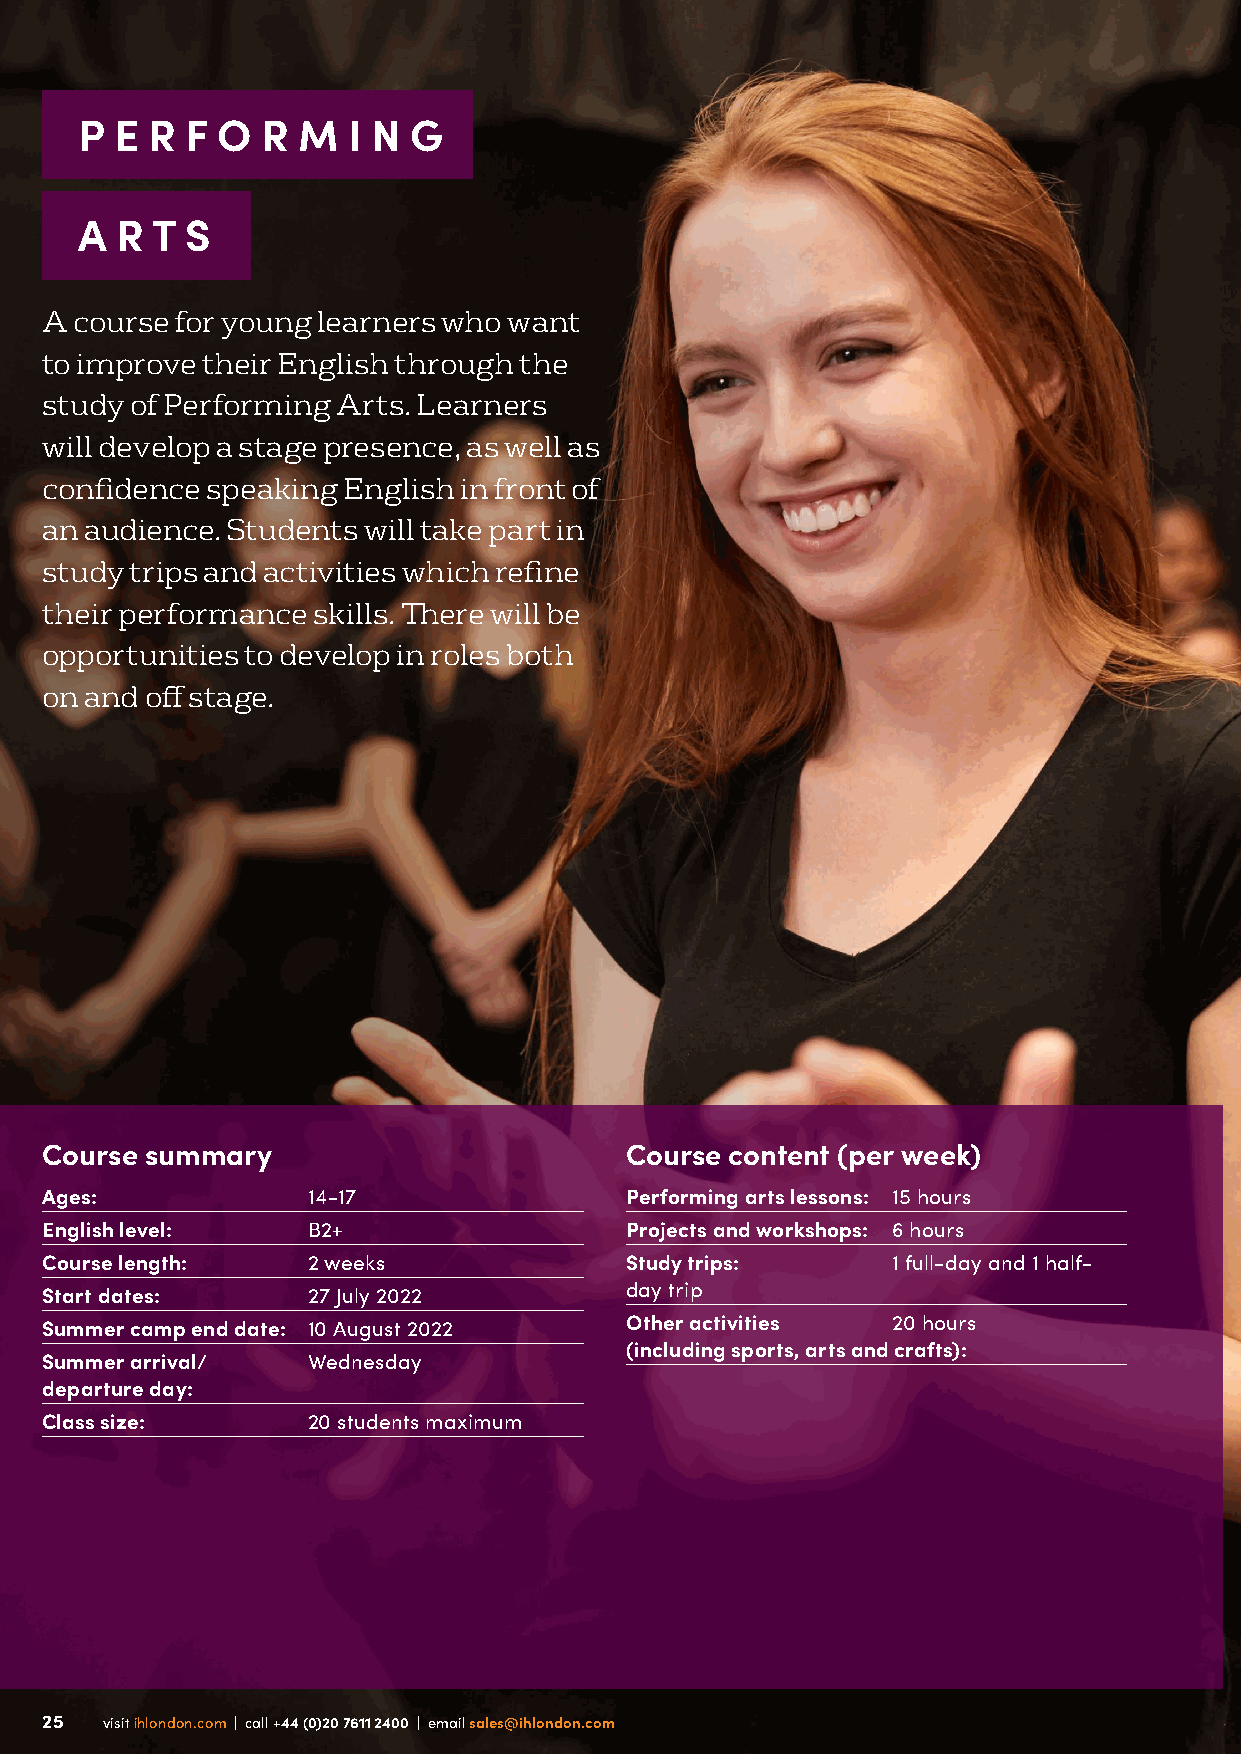
P  E R F O  R  M  I N G
 A  R T S
 A course for young learners who want
 to improve their English through the
 study of Performing Arts. Learners
 will develop a stage presence, as well as
 confidence speaking English in front of
 an audience. Students will take part in
 study trips and activities which refine
 their performance skills. There will be
 opportunities to develop in roles both
 on and off stage.
 Course summary                        Course content (per week)
 Ages:            14-17                Performing arts lessons: 15 hours
 English level:   B2+                  Projects and workshops: 6 hours
 Course length:   2 weeks              Study trips:      1 full-day and 1 half-
 day trip
 Start dates:     27 July 2022
 Summer camp end date: 10 August 2022  Other activities  20 hours
 (including sports, arts and crafts):
 Summer arrival/  Wednesday
 departure day:
 Class size:      20 students maximum
 25  visit ihlondon.com | call +44 (0)20 7611 2400 | email sales@ihlondon.com
 25  visit ihlondon.com | call +44 (0)20 7611 2400 | email sales@ihlondon.com